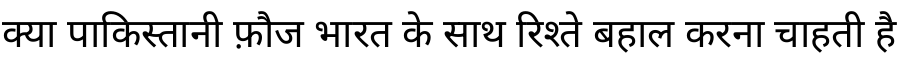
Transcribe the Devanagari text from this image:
क्या पाकिस्तानी फ़ौज भारत के साथ रिश्ते बहाल करना चाहती है